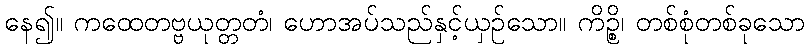
နေ၍။ ကထေတဗ္ဗယုတ္တတံ၊ ဟောအပ်သည်နှင့်ယှဉ်သော။ ကိဉ္စိ၊ တစ်စုံတစ်ခုသော